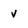
Character: v